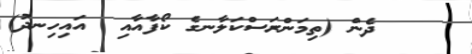
ދެން (ތިމަންރަސްކަލާނގެ ކޯފާއާއި  އައިހިނދު)